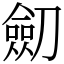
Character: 劎